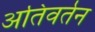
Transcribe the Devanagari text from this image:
अतिवर्तन